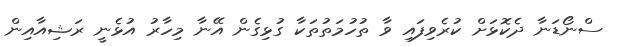
ސްނޯޑަނާ ދެކޮޅަށް ކުރެވިފައި ވާ ތުހުމަތުތަކާ ގުޅިގެން އޭނާ މިހާރު އުޅެނީ ރަޝިއާއިން